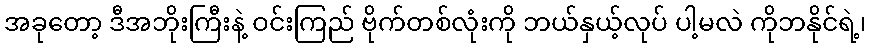
အခုတော့ ဒီအဘိုးကြီးနဲ့ ဝင်းကြည် ဗိုက်တစ်လုံးကို ဘယ်နှယ့်လုပ် ပါ့မလဲ ကိုဘနိုင်ရဲ့၊